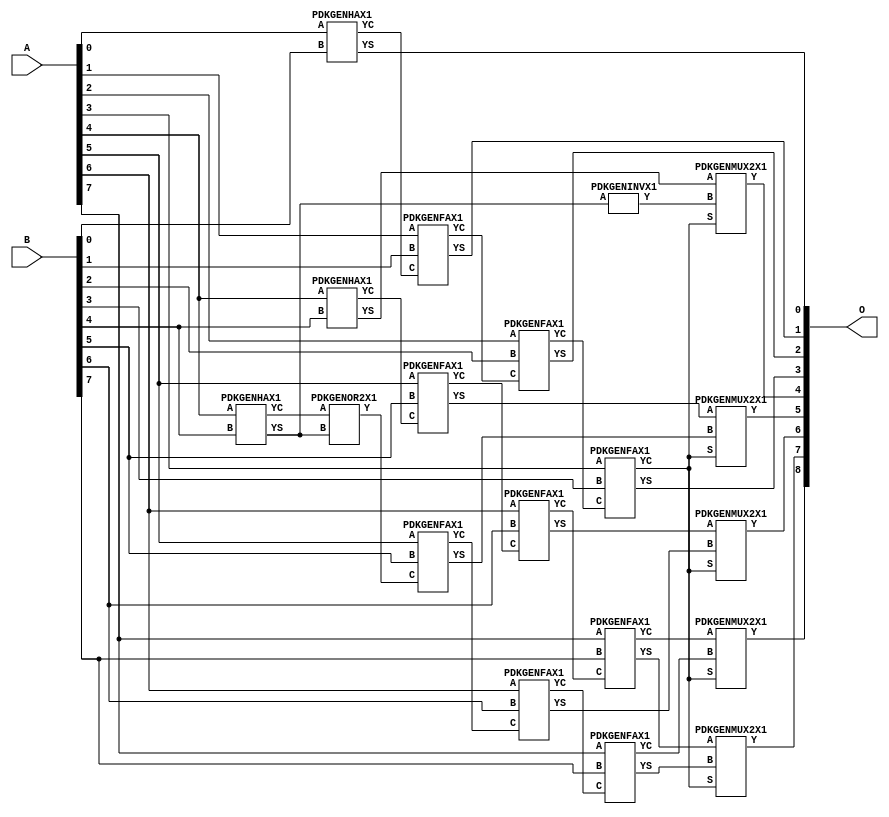
// Library = EvoApprox8b
// Circuit = add8_CSA
// Area   (180) = 1608
// Delay  (180) = 1.110
// Power  (180) = 641.90
// Area   (45) = 117
// Delay  (45) = 0.430
// Power  (45) = 59.25
// Nodes = 19
// HD = 0
// MAE = 0.00000
// MSE = 0.00000
// MRE = 0.00 %
// WCE = 0
// WCRE = 0 %
// EP = 0.0 %

module add8_CarrySelectAdder(A, B, O);
  input [7:0] A;
  input [7:0] B;
  output [8:0] O;
  wire [2031:0] N;

  assign N[0] = A[0];
  assign N[1] = A[0];
  assign N[2] = A[1];
  assign N[3] = A[1];
  assign N[4] = A[2];
  assign N[5] = A[2];
  assign N[6] = A[3];
  assign N[7] = A[3];
  assign N[8] = A[4];
  assign N[9] = A[4];
  assign N[10] = A[5];
  assign N[11] = A[5];
  assign N[12] = A[6];
  assign N[13] = A[6];
  assign N[14] = A[7];
  assign N[15] = A[7];
  assign N[16] = B[0];
  assign N[17] = B[0];
  assign N[18] = B[1];
  assign N[19] = B[1];
  assign N[20] = B[2];
  assign N[21] = B[2];
  assign N[22] = B[3];
  assign N[23] = B[3];
  assign N[24] = B[4];
  assign N[25] = B[4];
  assign N[26] = B[5];
  assign N[27] = B[5];
  assign N[28] = B[6];
  assign N[29] = B[6];
  assign N[30] = B[7];
  assign N[31] = B[7];

  PDKGENHAX1 n32(.A(N[0]), .B(N[16]), .YS(N[32]), .YC(N[33]));
  PDKGENFAX1 n34(.A(N[2]), .B(N[18]), .C(N[33]), .YS(N[34]), .YC(N[35]));
  PDKGENFAX1 n36(.A(N[4]), .B(N[20]), .C(N[35]), .YS(N[36]), .YC(N[37]));
  PDKGENFAX1 n38(.A(N[6]), .B(N[22]), .C(N[37]), .YS(N[38]), .YC(N[39]));
  PDKGENHAX1 n40(.A(N[8]), .B(N[24]), .YS(N[40]), .YC(N[41]));
  PDKGENFAX1 n42(.A(N[10]), .B(N[26]), .C(N[41]), .YS(N[42]), .YC(N[43]));
  PDKGENFAX1 n44(.A(N[12]), .B(N[28]), .C(N[43]), .YS(N[44]), .YC(N[45]));
  PDKGENFAX1 n46(.A(N[14]), .B(N[30]), .C(N[45]), .YS(N[46]), .YC(N[47]));
  PDKGENHAX1 n48(.A(N[8]), .B(N[24]), .YS(N[48]), .YC(N[49]));
  PDKGENINVX1 n50(.A(N[48]), .Y(N[50]));
  PDKGENOR2X1 n52(.A(N[49]), .B(N[48]), .Y(N[52]));
  PDKGENFAX1 n54(.A(N[10]), .B(N[26]), .C(N[52]), .YS(N[54]), .YC(N[55]));
  PDKGENFAX1 n56(.A(N[12]), .B(N[28]), .C(N[55]), .YS(N[56]), .YC(N[57]));
  PDKGENFAX1 n58(.A(N[14]), .B(N[30]), .C(N[57]), .YS(N[58]), .YC(N[59]));
  PDKGENMUX2X1 n60(.A(N[40]), .B(N[50]), .S(N[39]), .Y(N[60]));
  PDKGENMUX2X1 n62(.A(N[42]), .B(N[54]), .S(N[39]), .Y(N[62]));
  PDKGENMUX2X1 n64(.A(N[44]), .B(N[56]), .S(N[39]), .Y(N[64]));
  PDKGENMUX2X1 n66(.A(N[46]), .B(N[58]), .S(N[39]), .Y(N[66]));
  PDKGENMUX2X1 n68(.A(N[47]), .B(N[59]), .S(N[39]), .Y(N[68]));

  assign O[0] = N[32];
  assign O[1] = N[34];
  assign O[2] = N[36];
  assign O[3] = N[38];
  assign O[4] = N[60];
  assign O[5] = N[62];
  assign O[6] = N[64];
  assign O[7] = N[66];
  assign O[8] = N[68];

endmodule
/* mod */
module PDKGENMUX2X1( input A, input B, input S, output Y );
    assign Y = (A & ~S) | (B & S);
endmodule
/* mod */
module PDKGENOR2X1(input A, input B, output Y );
     assign Y = A | B;
endmodule
/* mod */
module PDKGENHAX1( input A, input B, output YS, output YC );
    assign YS = A ^ B;
    assign YC = A & B;
endmodule
/* mod */
module PDKGENINVX1(input A, output Y );
     assign Y = ~A;
endmodule
/* mod */
module PDKGENFAX1( input A, input B, input C, output YS, output YC );
    assign YS = (A ^ B) ^ C;
    assign YC = (A & B) | (B & C) | (A & C);
endmodule